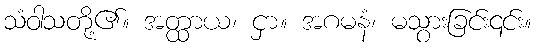
သံဝါသတို့၏။ အတ္ထာယ၊ ငှာ။ အဂမနံ၊ မသွားခြင်း၎င်း။